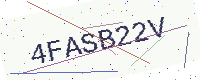
Text: 4FASB22V